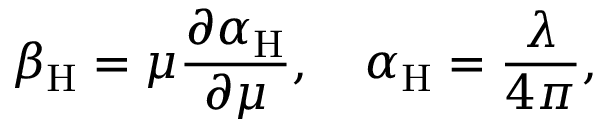
\beta _ { \mathrm { H } } = \mu { \frac { \partial \alpha _ { \mathrm { H } } } { \partial \mu } } , \quad \alpha _ { \mathrm { H } } = { \frac { \lambda } { 4 \pi } } ,